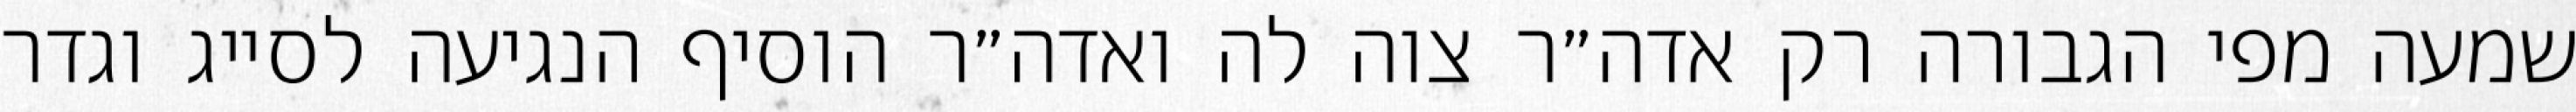
שמעה מפי הגבורה רק אדה״ר צוה לה ואדה״ר הוסיף הנגיעה לסייג וגדר